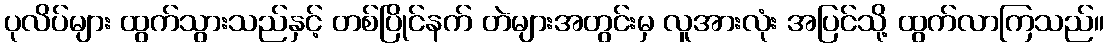
ပုလိပ်များ ထွက်သွားသည်နှင့် တစ်ပြိုင်နက် တဲများအတွင်းမှ လူအားလုံး အပြင်သို့ ထွက်လာကြသည်။